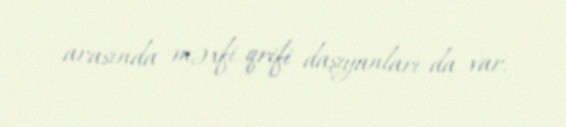
arasında məxfi qrifi daşıyanları da var.